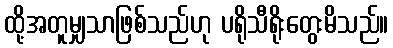
ထို့အတူမျှသာဖြစ်သည်ဟု ပရိုသီရိုးတွေးမိသည်။